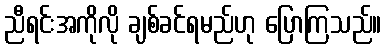
ညီရင်းအကိုလို ချစ်ခင်ရမည်ဟု ပြောကြသည်။